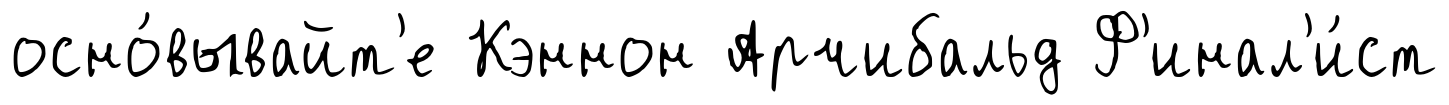
осно́вывайт'е Кэннон Арчибальд Ф'инал'и́ст